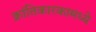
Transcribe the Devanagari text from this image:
क्रांतिकारकामध्ये